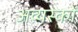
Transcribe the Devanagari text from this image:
अव्यस्कों